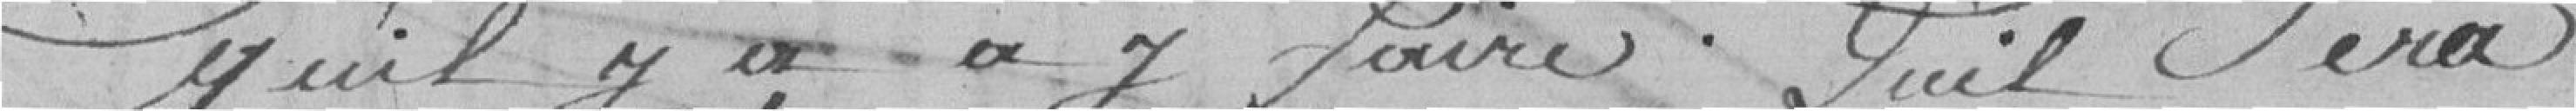
qu'il y a à y faire. Qu'il sera